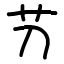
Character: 芀